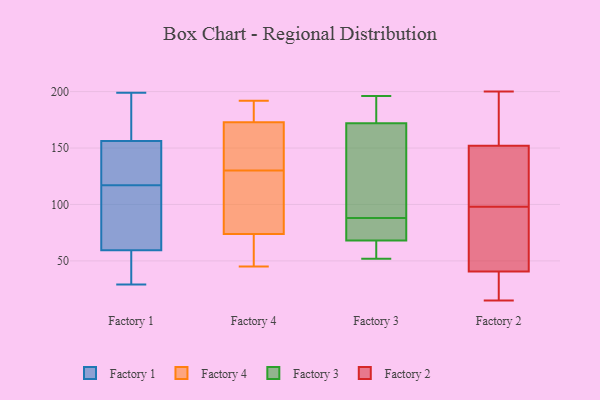
{"axis": {"x": "Population (Million)", "y": "Value"}, "legend": ["Factory 1", "Factory 2", "Factory 3", "Factory 4"], "data": [{"x": "", "y": 33, "type": "Factory 1"}, {"x": "", "y": 199, "type": "Factory 1"}, {"x": "", "y": 102, "type": "Factory 1"}, {"x": "", "y": 181, "type": "Factory 1"}, {"x": "", "y": 148, "type": "Factory 1"}, {"x": "", "y": 59, "type": "Factory 1"}, {"x": "", "y": 159, "type": "Factory 1"}, {"x": "", "y": 117, "type": "Factory 1"}, {"x": "", "y": 118, "type": "Factory 1"}, {"x": "", "y": 132, "type": "Factory 1"}, {"x": "", "y": 193, "type": "Factory 1"}, {"x": "", "y": 67, "type": "Factory 1"}, {"x": "", "y": 35, "type": "Factory 1"}, {"x": "", "y": 61, "type": "Factory 1"}, {"x": "", "y": 29, "type": "Factory 1"}, {"x": "", "y": 119, "type": "Factory 1"}, {"x": "", "y": 192, "type": "Factory 1"}, {"x": "", "y": 77, "type": "Factory 1"}, {"x": "", "y": 39, "type": "Factory 1"}, {"x": "", "y": 188, "type": "Factory 4"}, {"x": "", "y": 58, "type": "Factory 4"}, {"x": "", "y": 67, "type": "Factory 4"}, {"x": "", "y": 186, "type": "Factory 4"}, {"x": "", "y": 150, "type": "Factory 4"}, {"x": "", "y": 104, "type": "Factory 4"}, {"x": "", "y": 124, "type": "Factory 4"}, {"x": "", "y": 143, "type": "Factory 4"}, {"x": "", "y": 184, "type": "Factory 4"}, {"x": "", "y": 45, "type": "Factory 4"}, {"x": "", "y": 100, "type": "Factory 4"}, {"x": "", "y": 130, "type": "Factory 4"}, {"x": "", "y": 192, "type": "Factory 4"}, {"x": "", "y": 162, "type": "Factory 4"}, {"x": "", "y": 169, "type": "Factory 4"}, {"x": "", "y": 76, "type": "Factory 4"}, {"x": "", "y": 53, "type": "Factory 4"}, {"x": "", "y": 54, "type": "Factory 3"}, {"x": "", "y": 73, "type": "Factory 3"}, {"x": "", "y": 94, "type": "Factory 3"}, {"x": "", "y": 133, "type": "Factory 3"}, {"x": "", "y": 178, "type": "Factory 3"}, {"x": "", "y": 66, "type": "Factory 3"}, {"x": "", "y": 186, "type": "Factory 3"}, {"x": "", "y": 81, "type": "Factory 3"}, {"x": "", "y": 68, "type": "Factory 3"}, {"x": "", "y": 172, "type": "Factory 3"}, {"x": "", "y": 98, "type": "Factory 3"}, {"x": "", "y": 52, "type": "Factory 3"}, {"x": "", "y": 82, "type": "Factory 3"}, {"x": "", "y": 196, "type": "Factory 3"}, {"x": "", "y": 38, "type": "Factory 2"}, {"x": "", "y": 15, "type": "Factory 2"}, {"x": "", "y": 93, "type": "Factory 2"}, {"x": "", "y": 198, "type": "Factory 2"}, {"x": "", "y": 17, "type": "Factory 2"}, {"x": "", "y": 68, "type": "Factory 2"}, {"x": "", "y": 15, "type": "Factory 2"}, {"x": "", "y": 98, "type": "Factory 2"}, {"x": "", "y": 152, "type": "Factory 2"}, {"x": "", "y": 126, "type": "Factory 2"}, {"x": "", "y": 172, "type": "Factory 2"}, {"x": "", "y": 200, "type": "Factory 2"}, {"x": "", "y": 48, "type": "Factory 2"}, {"x": "", "y": 152, "type": "Factory 2"}, {"x": "", "y": 141, "type": "Factory 2"}]}